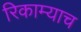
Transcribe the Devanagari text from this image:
रिकाम्याच